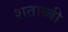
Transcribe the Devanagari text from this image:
शताब्बी